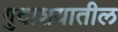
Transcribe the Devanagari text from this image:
गुदाशयातील